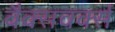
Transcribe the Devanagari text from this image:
वैक्सवर्क्स